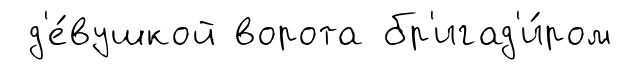
д'е́вушкой ворота бр'игад'и́ром